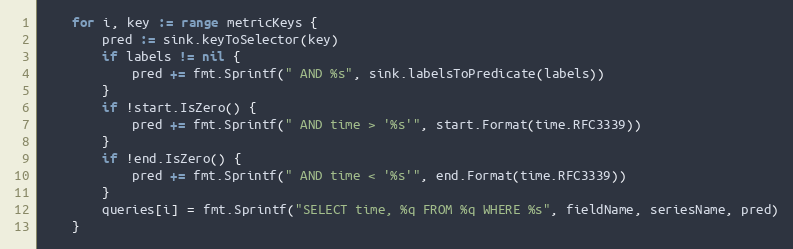
Language: Go
	for i, key := range metricKeys {
		pred := sink.keyToSelector(key)
		if labels != nil {
			pred += fmt.Sprintf(" AND %s", sink.labelsToPredicate(labels))
		}
		if !start.IsZero() {
			pred += fmt.Sprintf(" AND time > '%s'", start.Format(time.RFC3339))
		}
		if !end.IsZero() {
			pred += fmt.Sprintf(" AND time < '%s'", end.Format(time.RFC3339))
		}
		queries[i] = fmt.Sprintf("SELECT time, %q FROM %q WHERE %s", fieldName, seriesName, pred)
	}